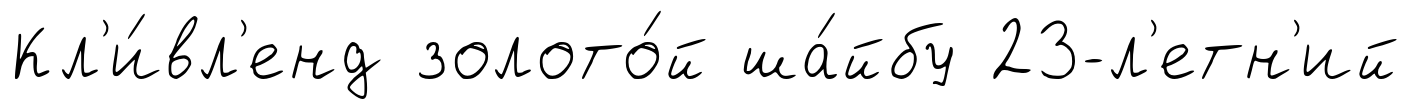
Кл'и́вл'енд золото́й ша́йбу 23-л'етн'ий